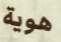
هوية